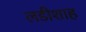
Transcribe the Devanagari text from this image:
लडीशाह